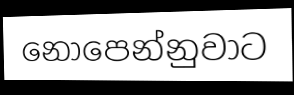
නොපෙන්නුවාට